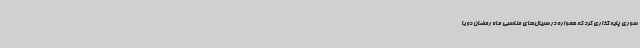
سوری پایه گذاری کرد که همواره در سریال‌های مناسبی ماه رمضان دو یا